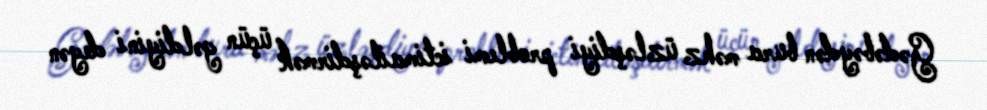
Gədəbəydən bura məhz üzləşdiyi problemi ictimailəşdirmək üçün gəldiyini deyən